Civil Veterinary Dept. Bombay admin report 1900-1906 - 1900-1906
Year: 1900
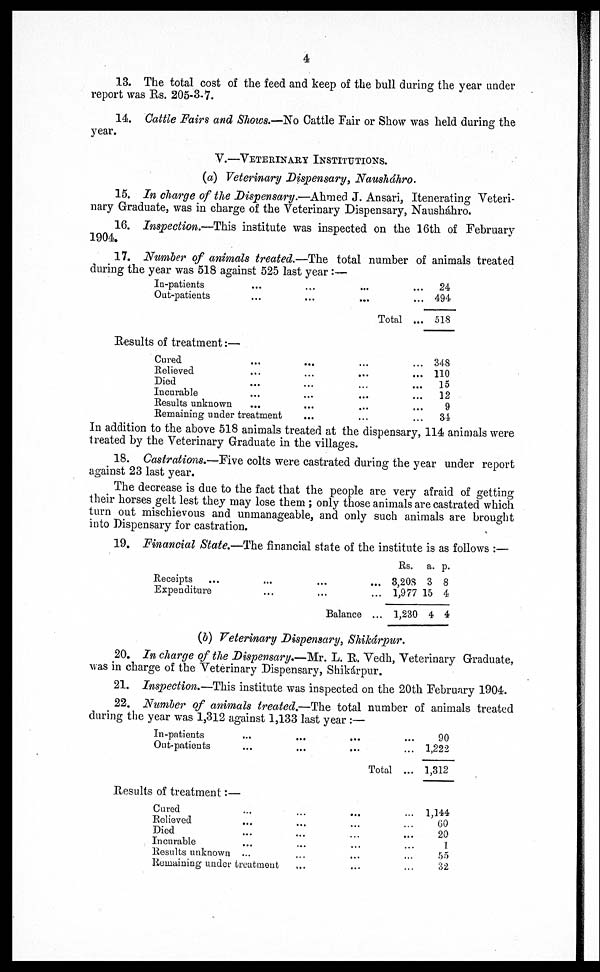
4
13. The total cost of the feed and keep of the bull during the year under
report was Rs. 205-3-7.
14 Cattle Fairs and Shows.—No Cattle Fair or Show was held during the
year.
V.—VETERINARY INSTITUTIONS.
(a) Veterinary Dispensary, Nausháhro.
15. In charge of the Dispensary.—Ahmed J. Ansari, Itenerating Veteri-
nary Graduate, was in charge of the Veterinary Dispensary, Nausháhro.
16. Inspection.—This institute was inspected on the 16th of February
1904.
17. Number of animals treated.—The total number of animals treated
during the year was 518 against 525 last year :—
In-patients
...
...
...
...
Out-patients
...
...
...
...
Total...
24
494
518
Results of treatment:—
Cured
...
...
...
...
Believed
...
...
...
...
Died
...
...
...
...
Incurable
...
...
...
...
Results unknown ... ... ... ...
Remaining under treatment
...
...
...
348
110
15
12
9
34
In addition to the above 518 animals treated at the dispensary, 114 animals were
treated by the Veterinary Graduate in the villages.
18. Castrations.—Five colts were castrated during the year under report
against 23 last year.
The decrease is due to the fact that the people are very afraid of getting
their horses gelt lest they may lose them ; only those animals are castrated which
turn out mischievous and unmanageable, and only such animals are brought
into Dispensary for castration.
19. Financial State.—The financial state of the institute is as follows :—
Receipts ... ... ... ...
Expenditure
...
...
...
Balance ...
Rs.
8,208
1,977
1,230
a.
3
15
4
p.
8
4
4
(b) Veterinary Dispensary, Shikárpur.
20. In charge of the Dispensary.—Mr. L. R. Vedh, Veterinary Graduate,
was in charge of the Veterinary Dispensary, Shikárpur.
21. Inspection.—This institute was inspected on the 20th February 1904.
22. Number of animals treated.—The total number of animals treated
during the year was 1,312 against 1,133 last year :—
In-patients
...
...
...
...
Out-patients
...
...
...
...
Total ...
Results of treatment:—
Cured
...
...
...
...
Relieved
...
...
...
...
Died
...
...
...
...
Incurable ... ... ... ...
Results unknown
...
...
...
...
Remaining under treatment
...
...
...
90
1,222
1,312
1,144
60
20
1
55
32